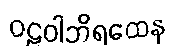
ဝဠဝါဘိရထေန